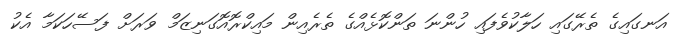
އަނގައިގެ ތެރޭގައި ހަލާކުވެފައި ހުންނަ ތަންކޮޅެއްގެ ތެރެއިން މައިކްރޮއޮގަނިޒަމް ވަރަށް ފަސޭހަކަމާ އެކު